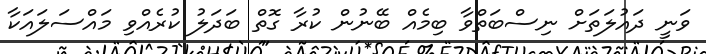
ވަނީ ދައުލަތަށް ނިސްބަތްވާ ބިމެއް ބޭނުން ކުރާ ގޮތް ބަދަލު ކުރެއްވި މައްސަލައަކާ